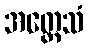
အတ္ထေသံ